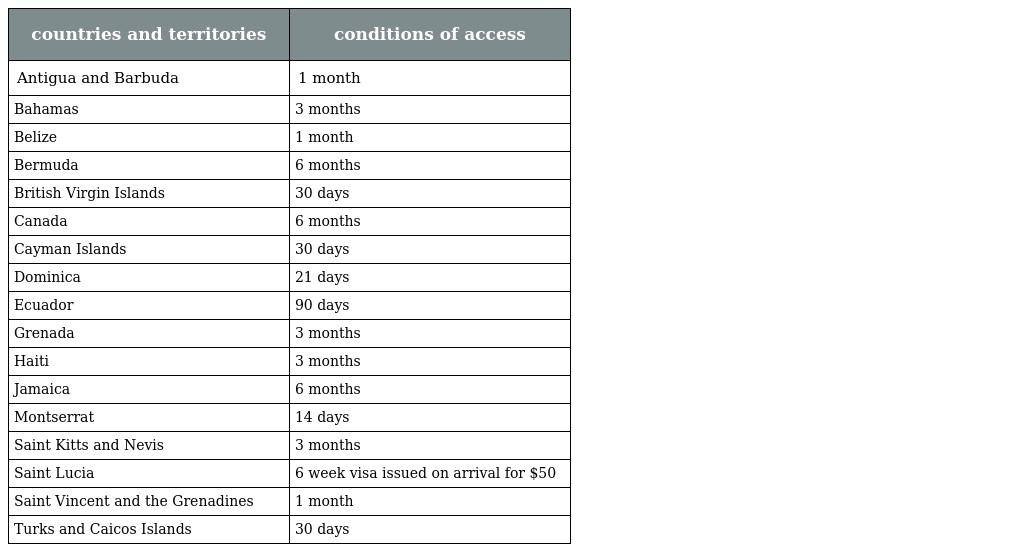
| countries and territories | conditions of access |
 | --- | --- |
 | Antigua and Barbuda | 1 month |
 | Bahamas | 3 months |
 | Belize | 1 month |
 | Bermuda | 6 months |
 | British Virgin Islands | 30 days |
 | Canada | 6 months |
 | Cayman Islands | 30 days |
 | Dominica | 21 days |
 | Ecuador | 90 days |
 | Grenada | 3 months |
 | Haiti | 3 months |
 | Jamaica | 6 months |
 | Montserrat | 14 days |
 | Saint Kitts and Nevis | 3 months |
 | Saint Lucia | 6 week visa issued on arrival for $50 |
 | Saint Vincent and the Grenadines | 1 month |
 | Turks and Caicos Islands | 30 days |